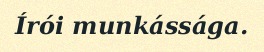
Írói munkássága.